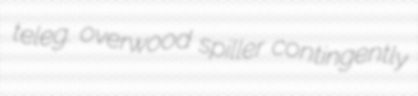
teleg. overwood spiller contingently